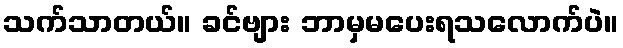
သက်သာတယ်။ ခင်ဗျား ဘာမှမပေးရသလောက်ပဲ။